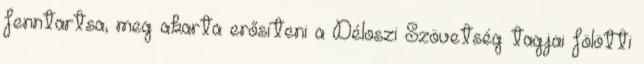
fenntartsa, meg akarta erősíteni a Déloszi Szövetség tagjai fölötti